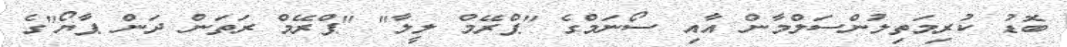
ބޮޑު ކުރިމަތިލުންސަލްމާން އާއި ސޯނަމްގެ "ޕްރޭމް ލީލާ" "ޕްރޭމް ރަތަން ދަން ޕާޔޯ"ގެ